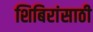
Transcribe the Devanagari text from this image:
शिबिरांसाठी